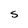
Character: S